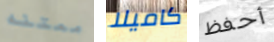
ممتنه كاميلا أحفظ